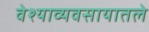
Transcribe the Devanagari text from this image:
वेश्याव्यवसायातले